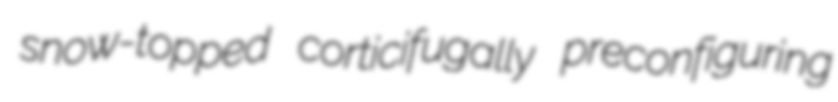
snow-topped corticifugally preconfiguring